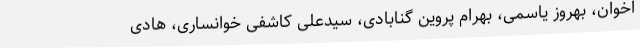
اخوان، بهروز یاسمی، بهرام پروین گنابادی، سیدعلی کاشفی خوانساری، هادی